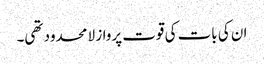
ان کی بات کی قوت پرواز لا محدود تھی۔